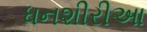
ધનશીરીઆ